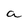
Character: a